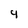
Character: 9